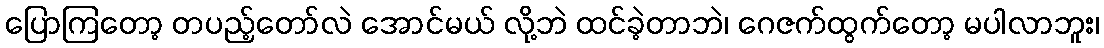
ပြောကြတော့ တပည့်တော်လဲ အောင်မယ် လို့ဘဲ ထင်ခဲ့တာဘဲ၊ ဂေဇက်ထွက်တော့ မပါလာဘူး၊